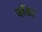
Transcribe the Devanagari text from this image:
प्लेंकट